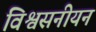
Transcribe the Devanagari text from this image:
विश्वसनीयन